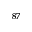
^ { 8 7 }